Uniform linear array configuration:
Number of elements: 12
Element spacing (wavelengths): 1
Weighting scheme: exponential
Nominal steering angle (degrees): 15
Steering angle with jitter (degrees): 15.287
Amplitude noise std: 0.05
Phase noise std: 0.05

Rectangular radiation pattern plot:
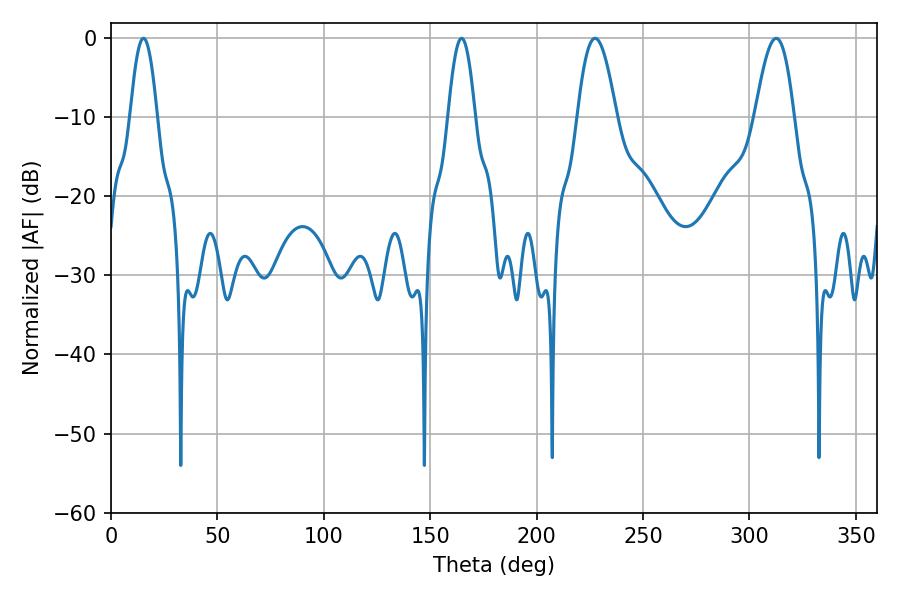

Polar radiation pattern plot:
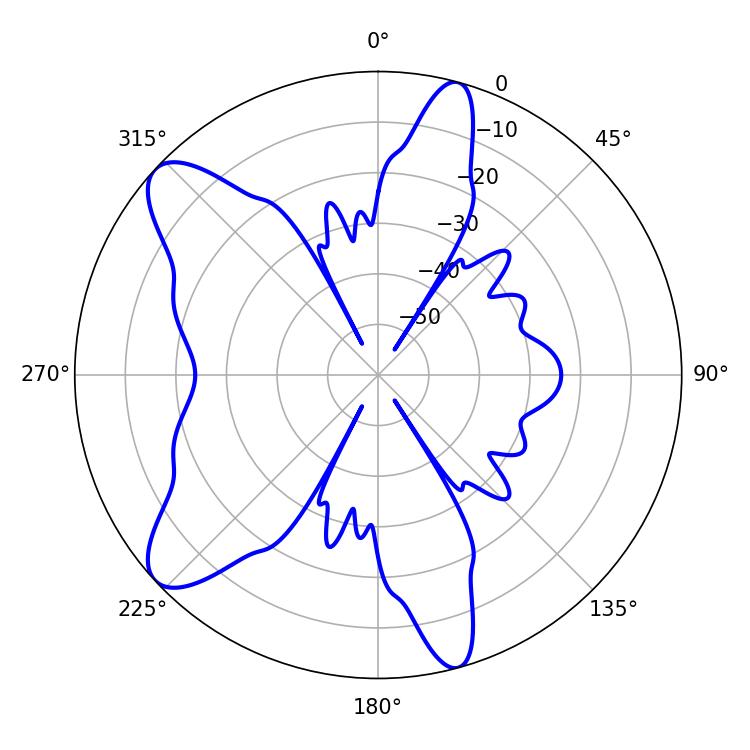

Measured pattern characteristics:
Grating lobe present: TRUE
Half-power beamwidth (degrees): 6.84
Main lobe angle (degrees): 15.3